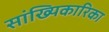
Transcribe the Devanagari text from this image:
सांख्यिकारिका